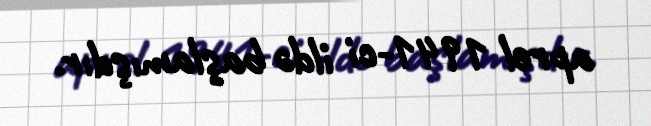
aprel 1941-ci ildə başlamışdır.